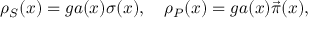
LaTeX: \rho _ { S } ( x ) = g a ( x ) \sigma ( x ) , ~ ~ ~ \rho _ { P } ( x ) = g a ( x ) \vec { \pi } ( x ) ,